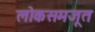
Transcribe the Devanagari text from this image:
लोकसमजूत